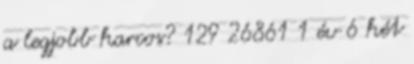
a legjobb harcos? 129 26861 1 év 6 hét